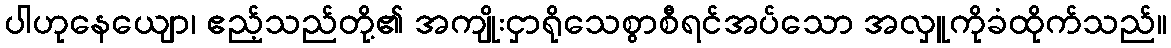
ပါဟုနေယျော၊ ဧည့်သည်တို့၏ အကျိုးငှာရိုသေစွာစီရင်အပ်သော အလှူကိုခံထိုက်သည်။